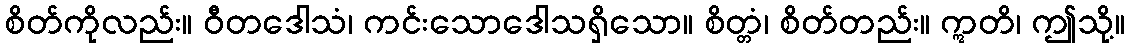
စိတ်ကိုလည်း။ ဝီတဒေါသံ၊ ကင်းသောဒေါသရှိသော။ စိတ္တံ၊ စိတ်တည်း။ ဣတိ၊ ဤသို့။